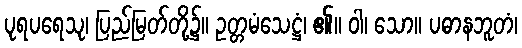
ပုရပရေသု၊ ပြည်မြတ်တို့၌။ ဥတ္တမံသေဋ္ဌံ၊ ၏။ ဝါ၊ သော။ ပဓာနဘူတံ၊